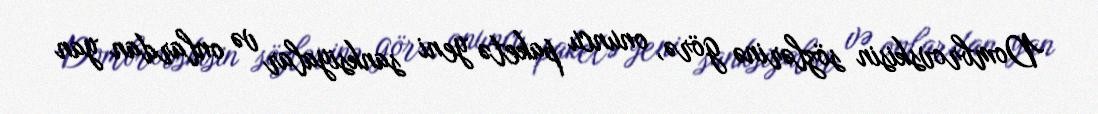
Dombrovskisin sözlərinə görə, onuncu paketə yeni sanksiyalar və onlardan yan